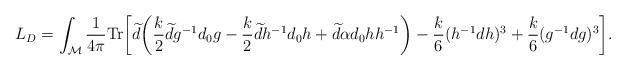
LaTeX: \begin{align*}L_D=\int_{\cal M} {1\over 4\pi}{\rm Tr}\bigg[\widetilde{d}\bigg({k\over{2}}\widetilde{d}g^{-1}d_0g-{k\over{2}}\widetilde{d}h^{-1}d_0h+\widetilde{d}\alpha d_0 h h^{-1}\bigg)-{k\over{6}} (h^{-1}dh)^3+{k\over{6}} (g^{-1}dg)^3 \bigg].\end{align*}